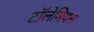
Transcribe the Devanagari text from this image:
टॉलेमियस